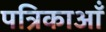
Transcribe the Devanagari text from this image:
पत्रिकाऑं